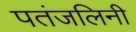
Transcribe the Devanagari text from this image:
पतंजलिनी